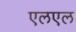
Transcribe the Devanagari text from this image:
एलएल